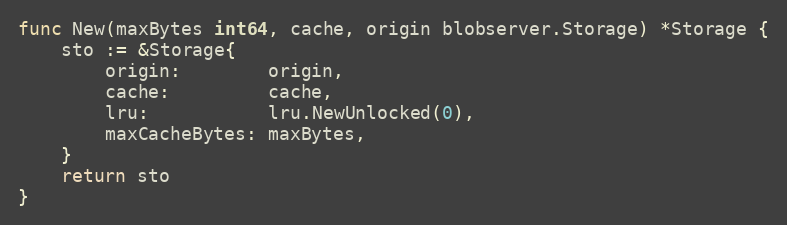
Language: Go
func New(maxBytes int64, cache, origin blobserver.Storage) *Storage {
	sto := &Storage{
		origin:        origin,
		cache:         cache,
		lru:           lru.NewUnlocked(0),
		maxCacheBytes: maxBytes,
	}
	return sto
}